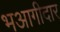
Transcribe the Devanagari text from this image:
भआगीदार